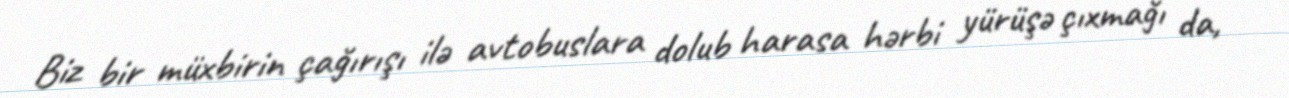
Biz bir müxbirin çağırışı ilə avtobuslara dolub harasa hərbi yürüşə çıxmağı da,